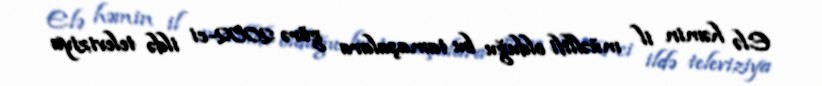
Elə həmin il müəllifi olduğu bu tamaşalara görə 2002-ci ildə televiziya